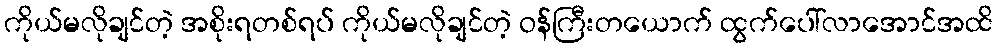
ကိုယ်မလိုချင်တဲ့ အစိုးရတစ်ရပ် ကိုယ်မလိုချင်တဲ့ ဝန်ကြီးတယောက် ထွက်ပေါ်လာအောင်အထိ